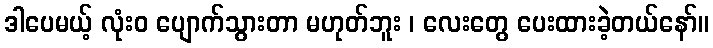
ဒါပေမယ့် လုံးဝ ပျောက်သွားတာ မဟုတ်ဘူး ၊ လေးတွေ ပေးထားခဲ့တယ်နော်။